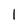
Character: 1